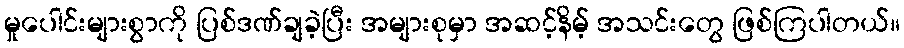
မှုပေါင်းများစွာကို ပြစ်ဒဏ်ချခဲ့ပြီး အများစုမှာ အဆင့်နိမ့် အသင်းတွေ ဖြစ်ကြပါတယ်။